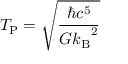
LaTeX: T _ { \mathrm { P } } = { \sqrt { \frac { \hbar c ^ { 5 } } { G { k _ { \mathrm { B } } } ^ { 2 } } } }